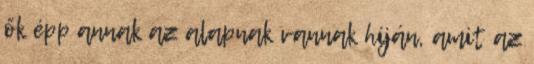
ők épp annak az alapnak vannak híján, amit az